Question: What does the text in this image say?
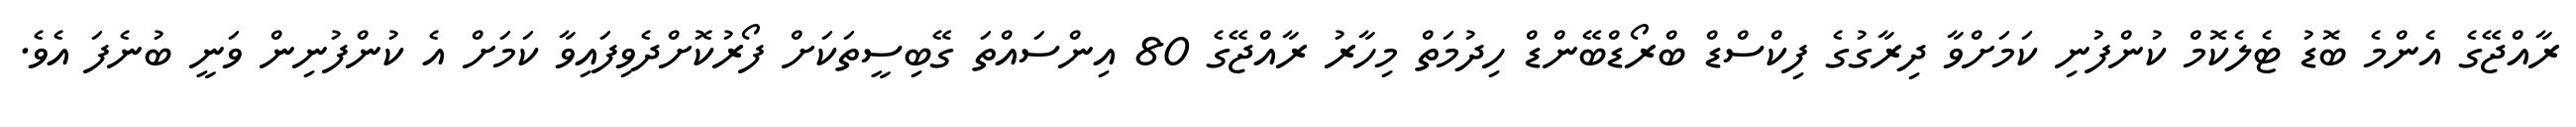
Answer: ރާއްޖޭގެ އެންމެ ބޮޑު ޓެލެކޮމް ކުންފުނި ކަމަށްވާ ދިރާގުގެ ފިކްސްޑް ބްރޯޑްބޭންޑް ހިދުމަތް މިހާރު ރާއްޖޭގެ 80 އިންސައްތަ ގޭބިސީތަކަށް ފޯރުކޮށްދެވިފައިވާ ކަމަށް އެ ކުންފުނިން ވަނީ ބުނެފަ އެވެ.